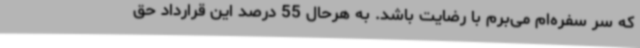
که سر سفره‌ام می‌برم با رضایت باشد. به هرحال 55 درصد این قرارداد حق